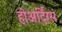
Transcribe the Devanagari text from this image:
होअर्दिंग्स